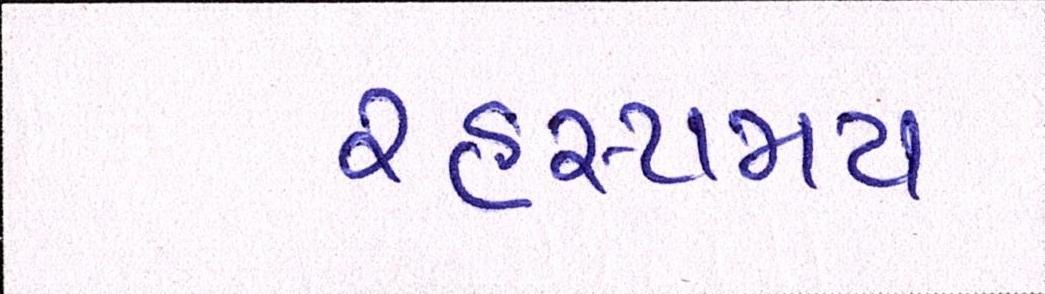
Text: રહસ્યમય